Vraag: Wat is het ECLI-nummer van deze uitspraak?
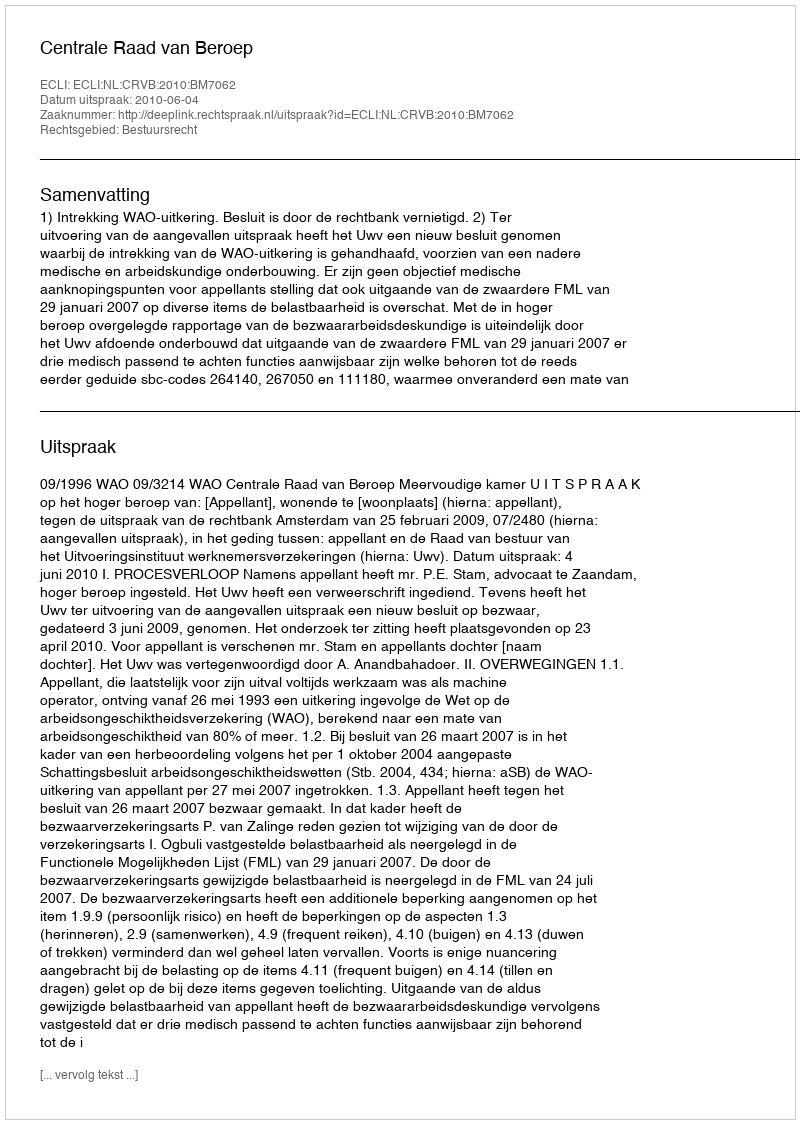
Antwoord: ECLI:NL:CRVB:2010:BM7062